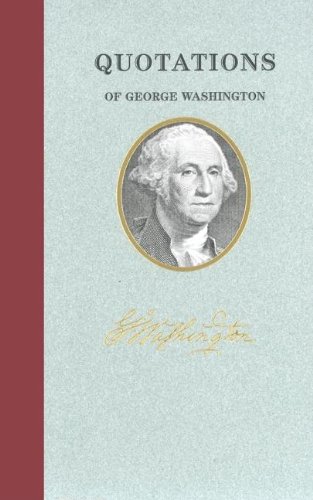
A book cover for Quotations of George Washington (Great American Quote Books); George Washington; Humor & Entertainment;